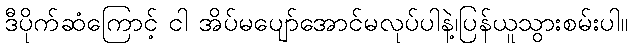
ဒီပိုက်ဆံကြောင့် ငါ အိပ်မပျော်အောင်မလုပ်ပါနဲ့၊ပြန်ယူသွားစမ်းပါ။